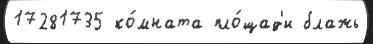
17281735 ко́мната пло́щад'и блажь